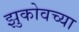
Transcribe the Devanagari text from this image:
झुकोवच्या